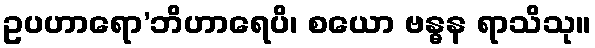
ဥပဟာရော’ဘိဟာရေပိ၊ စယော ဗန္ဓန ရာသိသု။